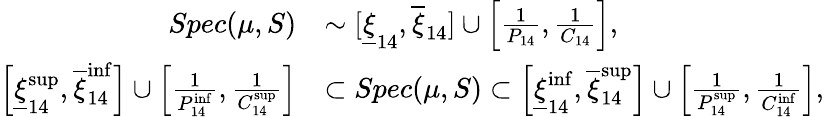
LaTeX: \begin{array}{rl}{Spec(\mu,S)}&{\sim\lbrack\underline{{\xi}}_{14},\overline{{\xi}}_{14}]\cup\left[\frac{1}{P_{14}},\frac{1}{C_{14}}\right],}\\ {\left[\underline{{\xi}}_{14}^{\operatorname*{sup}},\overline{{\xi}}_{14}^{\operatorname*{inf}}\right]\cup\left[\frac{1}{P_{14}^{\operatorname*{inf}}},\frac{1}{C_{14}^{\operatorname*{sup}}}\right]}&{\subset Spec(\mu,S)\subset\left[\underline{{\xi}}_{14}^{\operatorname*{inf}},\overline{{\xi}}_{14}^{\operatorname*{sup}}\right]\cup\left[\frac{1}{P_{14}^{\operatorname*{sup}}},\frac{1}{C_{14}^{\operatorname*{inf}}}\right],}\end{array}